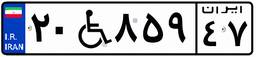
۲۰W۸۵۹۴۷